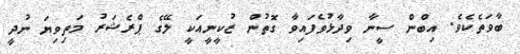
ބާވަތެކެވެ. އިބްން ސީނާ ވިދާޅުވެފައިވާ ގޮތުން ޒުކީނީއަކީ ލޭގެ ޕްރެޝަރު މަތިވިޔަ ނުދީ